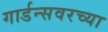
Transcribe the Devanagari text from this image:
गार्डन्सवरच्या